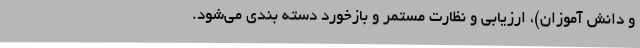
و دانش آموزان)، ارزیابی و نظارت مستمر و بازخورد دسته بندی می‌شود.